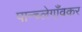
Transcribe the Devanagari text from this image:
पान्च्लेगाँवकर